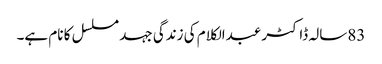
83سالہ ڈاکٹر عبدالکلام کی زندگی جہد مسلسل کا نام ہے۔